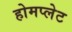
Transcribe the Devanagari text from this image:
होमप्लेट